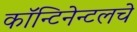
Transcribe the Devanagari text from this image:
कॉन्टिनेन्टलचे